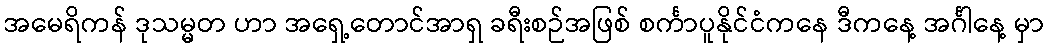
အမေရိကန် ဒုသမ္မတ ဟာ အရှေ့တောင်အာရှ ခရီးစဉ်အဖြစ် စင်္ကာပူနိုင်ငံကနေ ဒီကနေ့ အင်္ဂါနေ့ မှာ